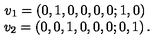
\begin{array} { c } { v _ { 1 } = \left( 0 , 1 , 0 , 0 , 0 , 0 ; 1 , 0 \right) \ } \\ { v _ { 2 } = \left( 0 , 0 , 1 , 0 , 0 , 0 ; 0 , 1 \right) . } \\ \end{array}